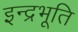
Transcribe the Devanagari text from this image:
इन्द्रभूति